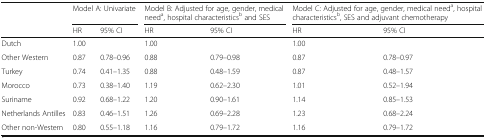
<table><thead><tr><td rowspan="2"></td><td colspan="2"><b>Model A: Univariate</b></td><td colspan="2"><b>Model B: Adjusted for age, gender, medical need<sup>a</sup>, hospital characteristics<sup>b</sup> and SES</b></td><td colspan="2"><b>Model C: Adjusted for age, gender, medical need<sup>a</sup>, hospital characteristics<sup>b</sup>, SES and adjuvant chemotherapy</b></td></tr><tr><td><b>HR</b></td><td><b>95% CI</b></td><td><b>HR</b></td><td><b>95% CI</b></td><td><b>HR</b></td><td><b>95% CI</b></td></tr></thead><tbody><tr><td>Dutch</td><td>1.00</td><td></td><td>1.00</td><td></td><td>1.00</td><td></td></tr><tr><td>Other Western</td><td>0.87</td><td>0.78–0.96</td><td>0.88</td><td>0.79–0.98</td><td>0.87</td><td>0.78–0.97</td></tr><tr><td>Turkey</td><td>0.74</td><td>0.41–1.35</td><td>0.88</td><td>0.48–1.59</td><td>0.87</td><td>0.48–1.57</td></tr><tr><td>Morocco</td><td>0.73</td><td>0.38–1.40</td><td>1.19</td><td>0.62–2.30</td><td>1.01</td><td>0.52–1.94</td></tr><tr><td>Suriname</td><td>0.92</td><td>0.68–1.22</td><td>1.20</td><td>0.90–1.61</td><td>1.14</td><td>0.85–1.53</td></tr><tr><td>Netherlands Antilles</td><td>0.83</td><td>0.46–1.51</td><td>1.26</td><td>0.69–2.28</td><td>1.23</td><td>0.68–2.24</td></tr><tr><td>Other non-Western</td><td>0.80</td><td>0.55–1.18</td><td>1.16</td><td>0.79–1.72</td><td>1.16</td><td>0.79–1.72</td></tr></tbody></table>